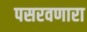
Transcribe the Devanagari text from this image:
पसरवणारा